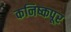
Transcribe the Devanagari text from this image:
कनिष्कपूर